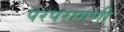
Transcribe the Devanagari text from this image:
परपरागणी